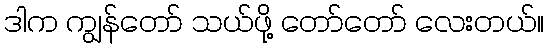
ဒါက ကျွန်တော် သယ်ဖို့ တော်တော် လေးတယ်။